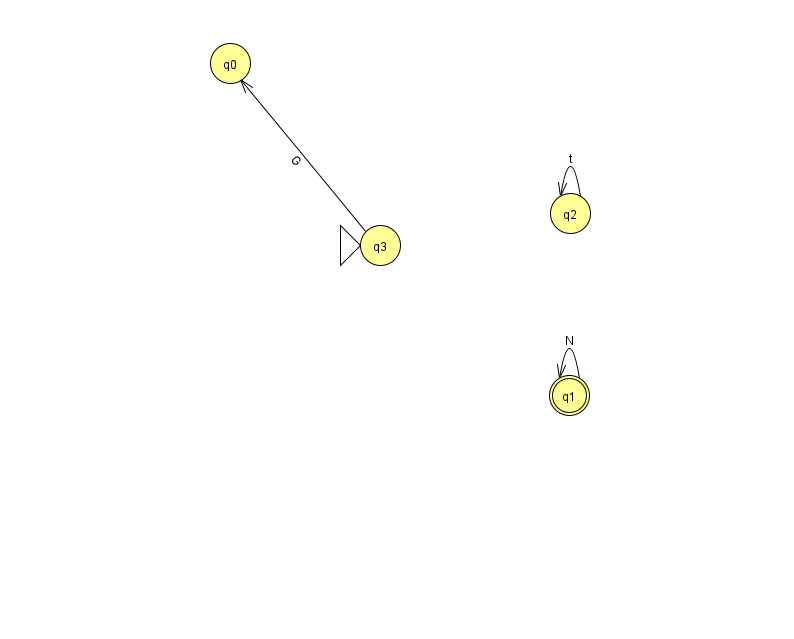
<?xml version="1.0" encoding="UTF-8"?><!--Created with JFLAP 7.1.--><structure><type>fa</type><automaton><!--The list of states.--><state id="0" name="q0"><x>230.0</x><y>50.0</y></state><state id="1" name="q1"><x>569.0</x><y>382.0</y><final/></state><state id="2" name="q2"><x>570.0</x><y>200.0</y></state><state id="3" name="q3"><x>380.0</x><y>232.0</y><initial/></state><!--The list of transitions.--><transition><from>3</from><to>0</to><read>G</read></transition><transition><from>2</from><to>2</to><read>t</read></transition><transition><from>1</from><to>1</to><read>N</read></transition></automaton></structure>